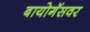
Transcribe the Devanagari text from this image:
बायोगॅसवर